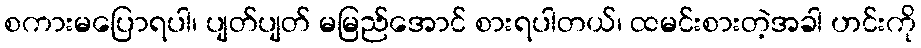
စကားမပြောရပါ၊ ပျတ်ပျတ် မမြည်အောင် စားရပါတယ်၊ ထမင်းစားတဲ့အခါ ဟင်းကို